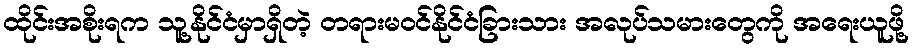
ထိုင်းအစိုးရက သူ့နိုင်ငံမှာရှိတဲ့ တရားမဝင်နိုင်ငံခြားသား အလုပ်သမားတွေကို အရေးယူဖို့